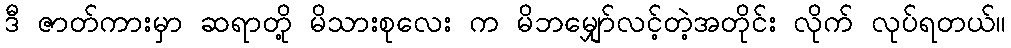
ဒီ ဇာတ်ကားမှာ ဆရာတို့ မိသားစုလေး က မိဘမျှော်လင့်တဲ့အတိုင်း လိုက် လုပ်ရတယ်။